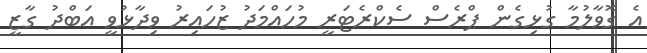
އެ ގޮވާލުމާ ގުޅިގެން ޕްރެސް ސެކްރެޓަރީ މުހައްމަދު ޒުހައިރު ވިދާޅުވީ އަބްދު ގާޒީ